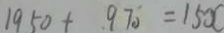
1 9 5 0 + 9 7 0 = 1 5 0 0